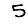
Digit: 5